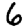
Digit: 6